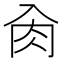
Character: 肏